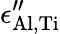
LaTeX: \epsilon_{\mathrm{Al,Ti}}^{\prime\prime}